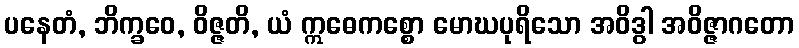
ပနေတံ, ဘိက္ခဝေ, ဝိဇ္ဇတိ, ယံ ဣဓေကစ္စော မောဃပုရိသော အဝိဒွါ အဝိဇ္ဇာဂတော